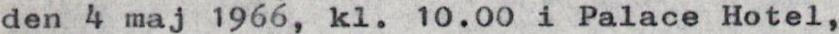
den 4 maj 1966, kl. 10.00 i Palace Hotel,